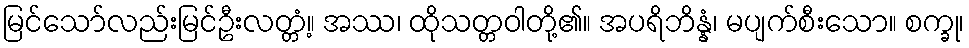
မြင်သော်လည်းမြင်ဦးလတ္တံ့။ အဿ၊ ထိုသတ္တဝါတို့၏။ အပရိဘိန္နံ၊ မပျက်စီးသော။ စက္ခု၊